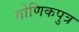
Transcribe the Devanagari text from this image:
गोणिकपुत्र